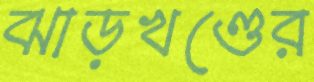
ঝাড়খণ্ডের